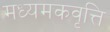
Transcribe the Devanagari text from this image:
मध्यमकवृत्ति